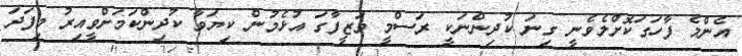
އެންމެ ފާހަގަކޮށްލެވެނީ ގިނަ ކުދިންނަކީ ރަސްމީ ވަޒީފާގަ އުޅެމުން ކިޔަވާ ކުދިންކަމަށްވީއިރު މިފަދަ